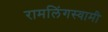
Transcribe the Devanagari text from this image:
रामलिंगस्वामी